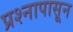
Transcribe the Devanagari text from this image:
प्रश्नापासून